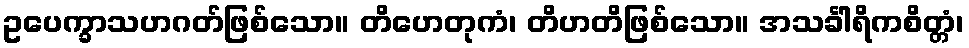
ဥပေက္ခာသဟဂတ်ဖြစ်သော။ တိဟေတုကံ၊ တိဟတိဖြစ်သော။ အသင်္ခါရိကစိတ္တံ၊